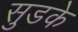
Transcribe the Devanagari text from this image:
सुडके